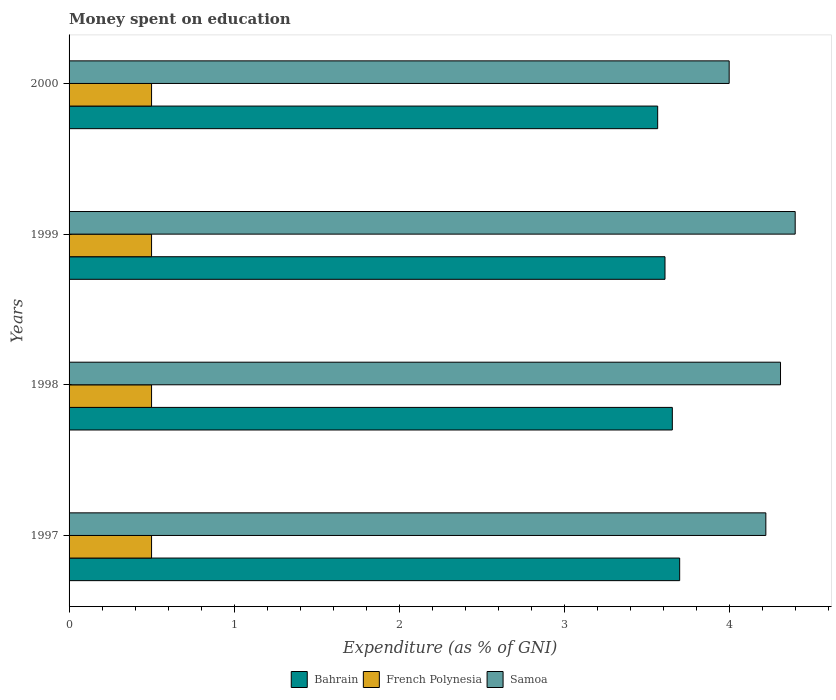
| Years | Bahrain | French Polynesia | Samoa |
 | --- | --- | --- | --- |
 | 1997 | 3.7 | 0.5 | 4.22 |
 | 1998 | 3.66 | 0.5 | 4.31 |
 | 1999 | 3.61 | 0.5 | 4.4 |
 | 2000 | 3.57 | 0.5 | 4 |